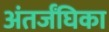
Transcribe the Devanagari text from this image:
अंतर्जंघिका